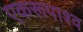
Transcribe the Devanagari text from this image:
एकरूपाश्व